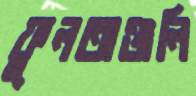
ফুলঅঞ্জলি